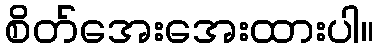
စိတ်အေးအေးထားပါ။